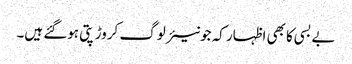
بے بسی کا بھی اظہار کہ جونیئر لوگ کروڑ پتی ہوگئے ہیں۔